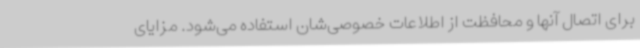
برای اتصال آنها و محافظت از اطلاعات خصوصی‌شان استفاده می‌شود. مزایای